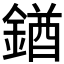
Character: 𨩊